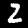
Digit: 2